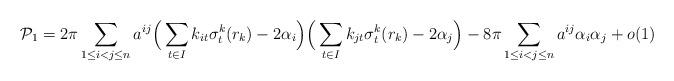
LaTeX: \begin{align*}\mathcal{P}_1=2\pi\sum\limits_{1\leq i< j\leq n}a^{ij}\Big(\sum\limits_{t\in I}k_{it}\sigma^k_t(r_k)-2\alpha_i\Big)\Big(\sum\limits_{t\in I}k_{jt}\sigma^k_t(r_k)-2\alpha_{j}\Big)-8\pi\sum\limits_{1\leq i< j\leq n}a^{ij}\alpha_i\alpha_j+o(1)\end{align*}